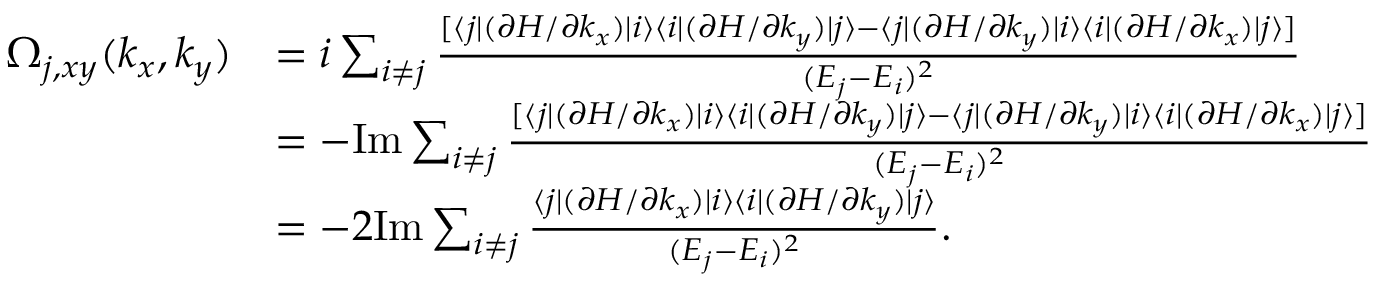
\begin{array} { r l } { \Omega _ { j , x y } ( k _ { x } , k _ { y } ) } & { = i \sum _ { i \neq j } \frac { [ \langle j | ( \partial { \cal H } / \partial k _ { x } ) | i \rangle \langle i | ( \partial { \cal H } / \partial k _ { y } ) | j \rangle - \langle j | ( \partial { \cal H } / \partial k _ { y } ) | i \rangle \langle i | ( \partial { \cal H } / \partial k _ { x } ) | j \rangle ] } { ( E _ { j } - E _ { i } ) ^ { 2 } } } \\ & { = - \mathrm { I m } \sum _ { i \neq j } \frac { [ \langle j | ( \partial { \cal H } / \partial k _ { x } ) | i \rangle \langle i | ( \partial { \cal H } / \partial k _ { y } ) | j \rangle - \langle j | ( \partial { \cal H } / \partial k _ { y } ) | i \rangle \langle i | ( \partial { \cal H } / \partial k _ { x } ) | j \rangle ] } { ( E _ { j } - E _ { i } ) ^ { 2 } } } \\ & { = - 2 \mathrm { I m } \sum _ { i \neq j } \frac { \langle j | ( \partial { \cal H } / \partial k _ { x } ) | i \rangle \langle i | ( \partial { \cal H } / \partial k _ { y } ) | j \rangle } { ( E _ { j } - E _ { i } ) ^ { 2 } } . } \end{array}